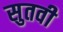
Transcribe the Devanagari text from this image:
सुतवी